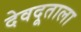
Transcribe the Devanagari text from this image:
देवदूताला